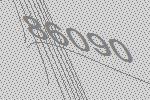
86090